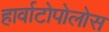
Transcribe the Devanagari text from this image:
हार्वाटोपोलोस